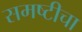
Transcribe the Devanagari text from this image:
समष्टीचा